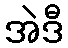
အဲဒီ